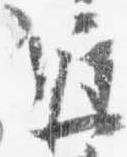
遅